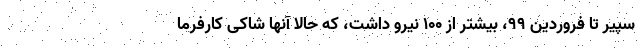
سپیر تا فروردین ۹۹، بیشتر از ۱۰۰ نیرو داشت، که حالا آنها شاکی کارفرما